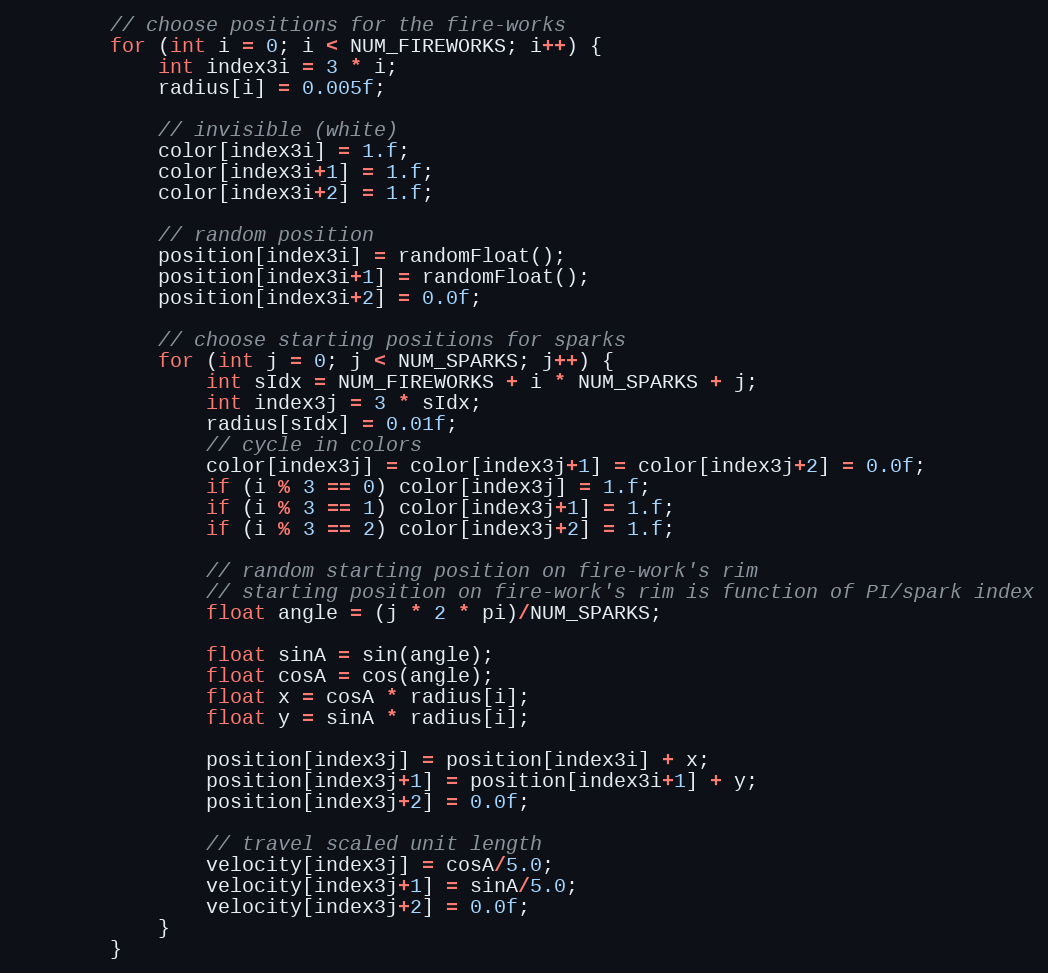
Language: C++
        // choose positions for the fire-works
        for (int i = 0; i < NUM_FIREWORKS; i++) {
            int index3i = 3 * i;
            radius[i] = 0.005f;

            // invisible (white)
            color[index3i] = 1.f;
            color[index3i+1] = 1.f;
            color[index3i+2] = 1.f;

            // random position
            position[index3i] = randomFloat();
            position[index3i+1] = randomFloat();
            position[index3i+2] = 0.0f;

            // choose starting positions for sparks
            for (int j = 0; j < NUM_SPARKS; j++) {
                int sIdx = NUM_FIREWORKS + i * NUM_SPARKS + j;
                int index3j = 3 * sIdx;
                radius[sIdx] = 0.01f;
                // cycle in colors
                color[index3j] = color[index3j+1] = color[index3j+2] = 0.0f;
                if (i % 3 == 0) color[index3j] = 1.f;
                if (i % 3 == 1) color[index3j+1] = 1.f;
                if (i % 3 == 2) color[index3j+2] = 1.f;

                // random starting position on fire-work's rim
                // starting position on fire-work's rim is function of PI/spark index
                float angle = (j * 2 * pi)/NUM_SPARKS;

                float sinA = sin(angle);
                float cosA = cos(angle);
                float x = cosA * radius[i];
                float y = sinA * radius[i];

                position[index3j] = position[index3i] + x;
                position[index3j+1] = position[index3i+1] + y;
                position[index3j+2] = 0.0f;

                // travel scaled unit length
                velocity[index3j] = cosA/5.0;
                velocity[index3j+1] = sinA/5.0;
                velocity[index3j+2] = 0.0f;
            }
        }